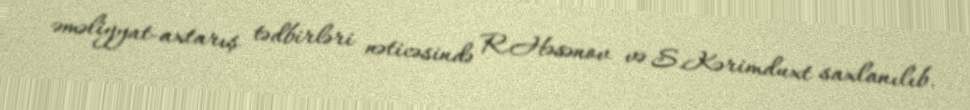
əməliyyat-axtarış tədbirləri nəticəsində R.Həsənov və S.Kərimduxt saxlanılıb.